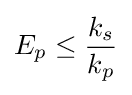
E_{p}\leq {\frac {k_{s}}{k_{p}}}